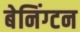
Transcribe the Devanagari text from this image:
बेनिंग्टन